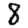
Digit: 8